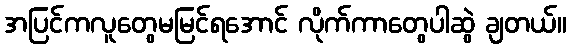
အပြင်ကလူတွေမမြင်ရအောင် လိုက်ကာတွေပါဆွဲ ချတယ်။